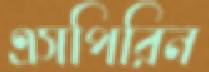
এসপিরিন